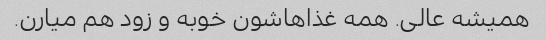
همیشه عالی. همه غذاهاشون خوبه و زود هم میارن.